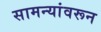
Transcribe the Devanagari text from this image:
सामन्यांवरून